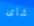
شاى